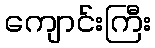
ကျောင်းကြီး